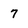
Character: 7